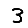
Digit: 3